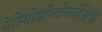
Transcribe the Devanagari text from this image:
पेरियोडॉण्टोक्लेशिया